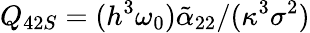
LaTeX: Q_{42S}=(h^{3}\omega_{0})\tilde{\alpha}_{22}/(\kappa^{3}\sigma^{2})